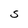
Character: S